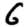
Digit: 6